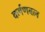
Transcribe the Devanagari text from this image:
कर्षणबल